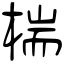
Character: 椯